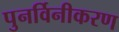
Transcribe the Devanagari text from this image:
पुनर्विनीकरण